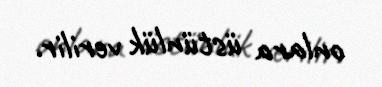
onlara üstünlük verilir.